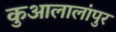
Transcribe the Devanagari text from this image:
कुआलालांपुर